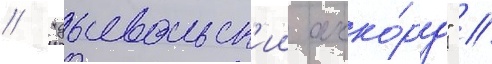
/ "дьявольск'ии акко́рд" /